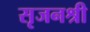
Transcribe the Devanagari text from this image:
सृजनश्री